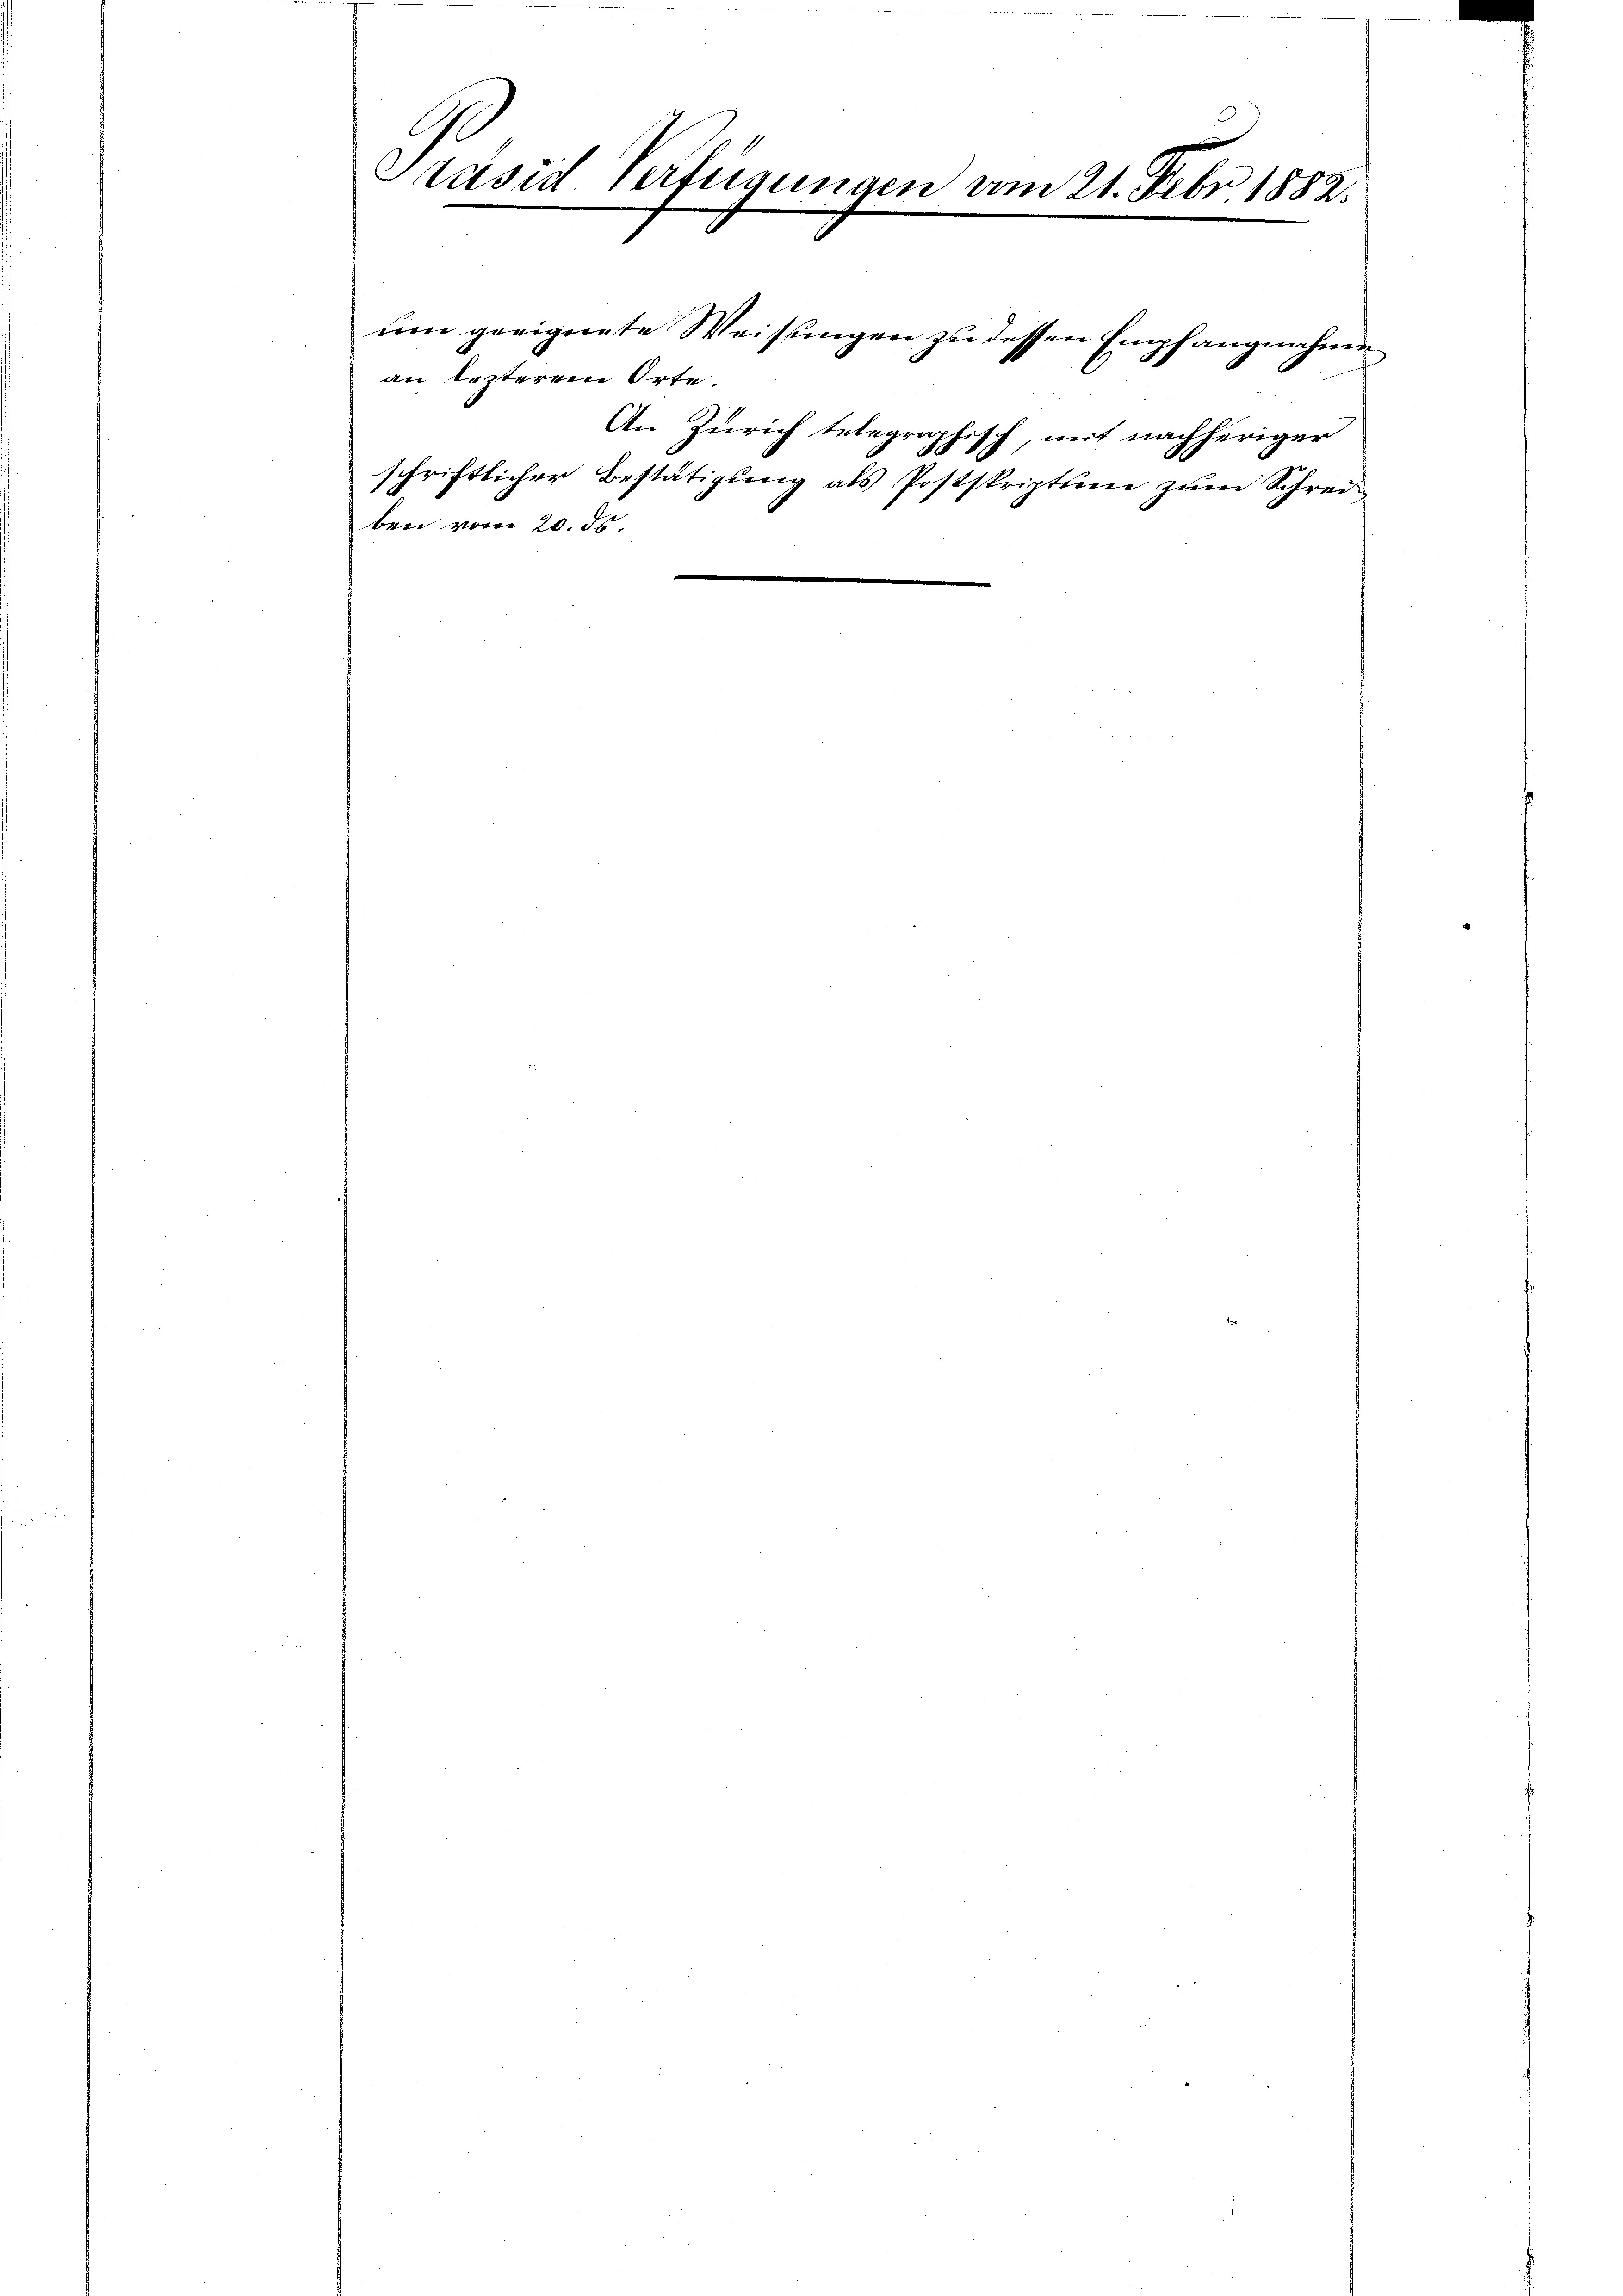
Präsid Verfügungen vom 21. Febr. 1882.

um geeignete Weisungen zu dessen Empfangnahme
an lezterem Orte.
An Zürich telegraphisch, mit nachheriger
N
schriftlicher Bestätigŭng als Postskriptlin zŭm Schrei
ben vom 20. ds.